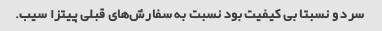
سرد و نسبتا بی کیفیت بود نسبت به سفارش‌های قبلی پیتزا سیب.